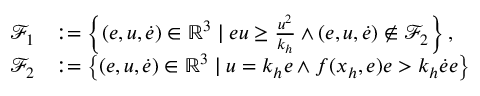
\begin{array} { r l } { \mathcal { F } _ { 1 } } & { : = \left\{ ( e , u , \dot { e } ) \in \mathbb { R } ^ { 3 } \mid e u \geq \frac { u ^ { 2 } } { k _ { h } } \wedge ( e , u , \dot { e } ) \not \in \mathcal { F } _ { 2 } \right\} , } \\ { \mathcal { F } _ { 2 } } & { : = \left\{ ( e , u , \dot { e } ) \in \mathbb { R } ^ { 3 } \mid u = k _ { h } e \wedge f ( x _ { h } , e ) e > k _ { h } \dot { e } e \right\} } \end{array}